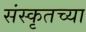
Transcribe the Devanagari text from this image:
संस्‍कृतच्या